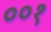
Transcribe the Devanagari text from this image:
००१